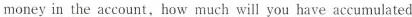
money in the account,how much will you have accumulated